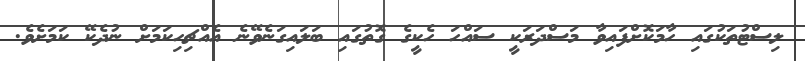
ލިސްޓުތަކުގައި ހާމަކޮށްފައިވާ މަސްދަރަކީ ސައްހަ ހެކީގެ ގޮތުގައި ބަލައިގަނެވޭނެ އެއްޗިހިކަމަށް ނުދެކޭ ކަމަށެވެ.